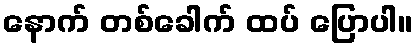
နောက် တစ်ခေါက် ထပ် ပြောပါ။